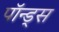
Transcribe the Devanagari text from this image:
पॉन्ड्स